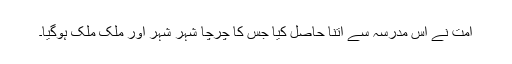
امت نے اس مدرسہ سے اتنا حاصل کیا جس کا چرچا شہر شہر اور ملک ملک ہوگیا۔